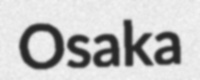
Osaka